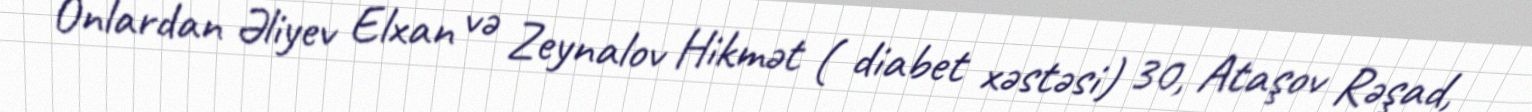
Onlardan Əliyev Elxan və Zeynalov Hikmət ( diabet xəstəsi) 30, Ataşov Rəşad,